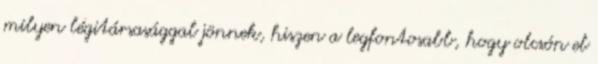
milyen légitársasággal jönnek, hiszen a legfontosabb, hogy olcsón el